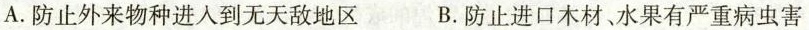
A.防止外来物种进入到无天敌地区 B.防止进口木材、水果有严重病虫害